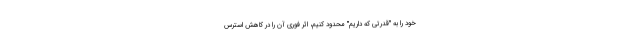
خود را به "قدرتی که داریم" محدود کنیم، اثر فوری آن را در کاهش استرس